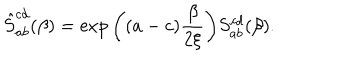
LaTeX: \hat { S } _ { a b } ^ { c d } ( \beta ) = \exp \bigg ( ( a - c ) { \frac { \beta } { 2 \xi } } \bigg ) S _ { a b } ^ { c d } ( \beta ) .